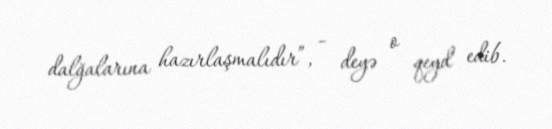
dalğalarına hazırlaşmalıdır”, - deyə o qeyd edib.